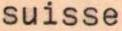
suisse